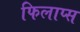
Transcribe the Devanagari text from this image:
फिलाप्स